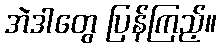
အဲဒါတွေ ပြန်ကြည့်။